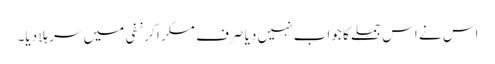
اس نے اس جملے کا جواب نہیں دیا صرف مسکرا کر نفی میں سر ہلا دیا۔